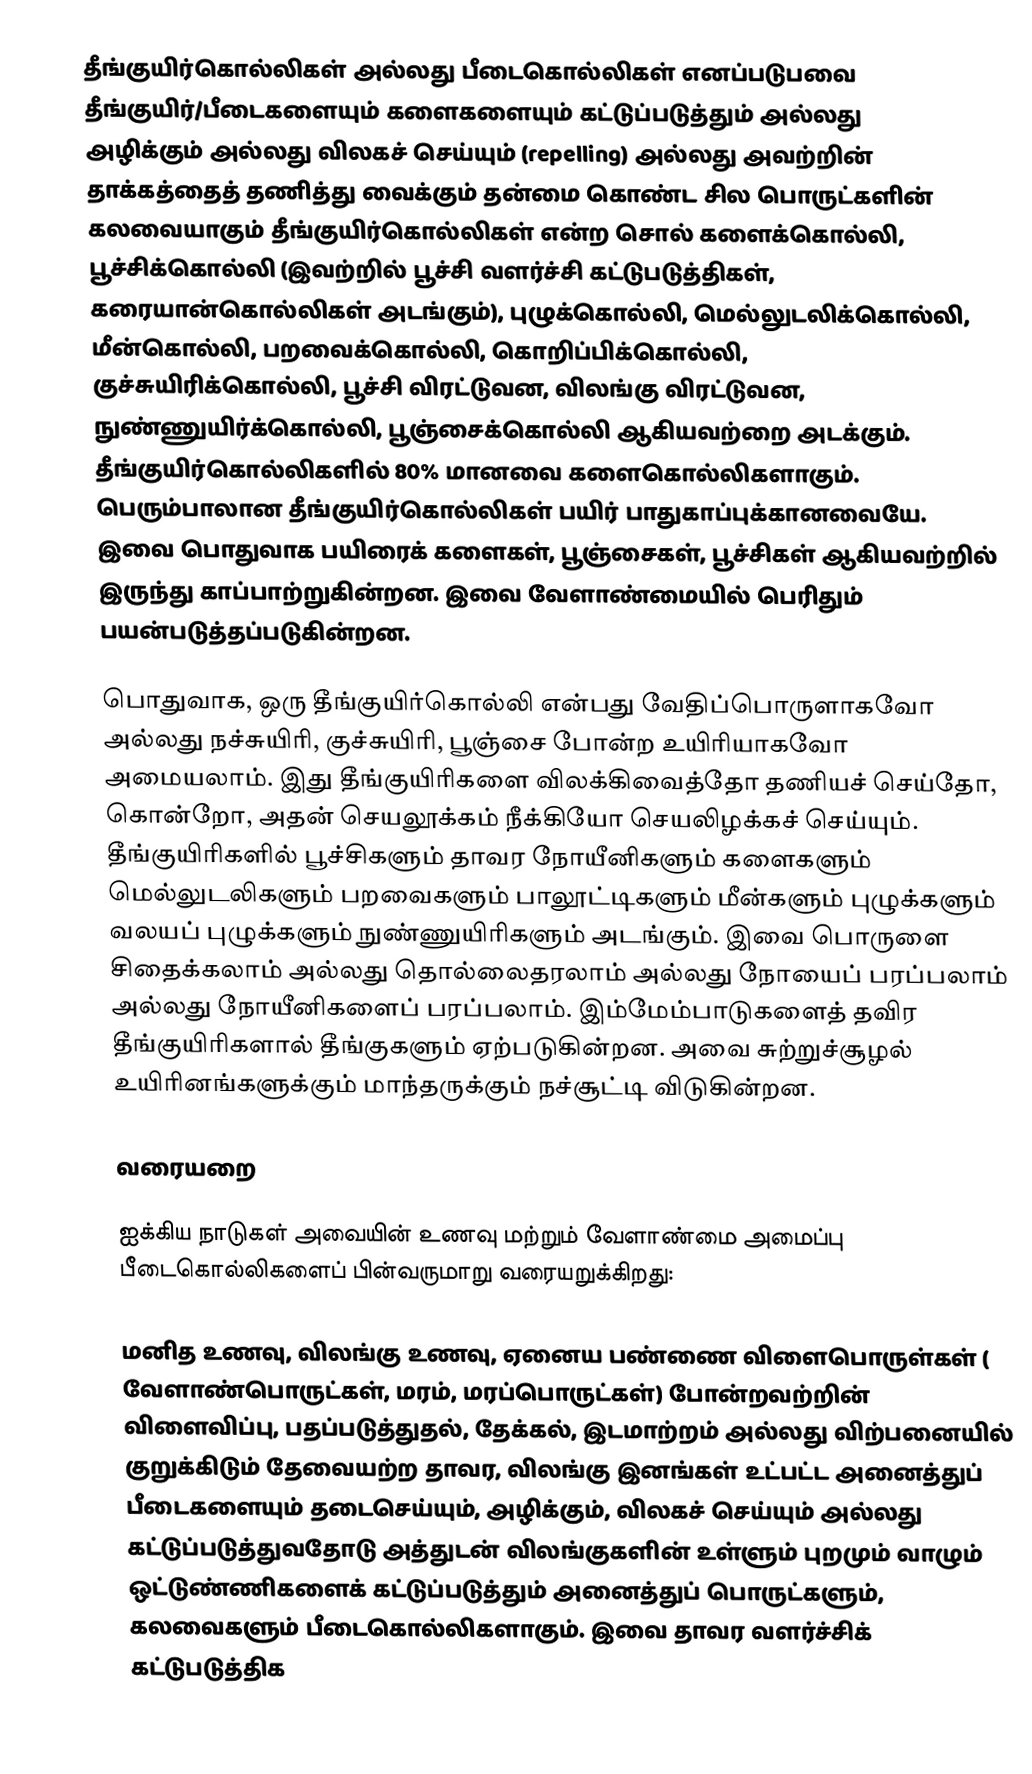
தீங்குயிர்கொல்லிகள் அல்லது பீடைகொல்லிகள் எனப்படுபவை தீங்குயிர்/பீடைகளையும் களைகளையும்  கட்டுப்படுத்தும் அல்லது அழிக்கும் அல்லது விலகச் செய்யும் (repelling) அல்லது அவற்றின் தாக்கத்தைத் தணித்து வைக்கும் தன்மை கொண்ட சில பொருட்களின் கலவையாகும் தீங்குயிர்கொல்லிகள்  என்ற சொல் களைக்கொல்லி, பூச்சிக்கொல்லி (இவற்றில் பூச்சி வளர்ச்சி கட்டுபடுத்திகள், கரையான்கொல்லிகள் அடங்கும்), புழுக்கொல்லி, மெல்லுடலிக்கொல்லி, மீன்கொல்லி, பறவைக்கொல்லி, கொறிப்பிக்கொல்லி, குச்சுயிரிக்கொல்லி, பூச்சி விரட்டுவன, விலங்கு விரட்டுவன, நுண்ணுயிர்க்கொல்லி, பூஞ்சைக்கொல்லி ஆகியவற்றை அடக்கும். தீங்குயிர்கொல்லிகளில் 80% மானவை களைகொல்லிகளாகும்.  பெரும்பாலான தீங்குயிர்கொல்லிகள்  பயிர் பாதுகாப்புக்கானவையே. இவை பொதுவாக பயிரைக் களைகள், பூஞ்சைகள், பூச்சிகள் ஆகியவற்றில் இருந்து காப்பாற்றுகின்றன. இவை வேளாண்மையில் பெரிதும் பயன்படுத்தப்படுகின்றன.

பொதுவாக, ஒரு தீங்குயிர்கொல்லி என்பது வேதிப்பொருளாகவோ  அல்லது நச்சுயிரி, குச்சுயிரி, பூஞ்சை போன்ற உயிரியாகவோ அமையலாம். இது தீங்குயிரிகளை விலக்கிவைத்தோ தணியச் செய்தோ, கொன்றோ, அதன் செயலூக்கம் நீக்கியோ செயலிழக்கச் செய்யும்.  தீங்குயிரிகளில் பூச்சிகளும் தாவர நோயீனிகளும் களைகளும் மெல்லுடலிகளும் பறவைகளும் பாலூட்டிகளும் மீன்களும் புழுக்களும் வலயப் புழுக்களும் நுண்ணுயிரிகளும் அடங்கும். இவை பொருளை சிதைக்கலாம் அல்லது தொல்லைதரலாம் அல்லது நோயைப் பரப்பலாம் அல்லது நோயீனிகளைப் பரப்பலாம். இம்மேம்பாடுகளைத் தவிர தீங்குயிரிகளால் தீங்குகளும் ஏற்படுகின்றன. அவை சுற்றுச்சூழல் உயிரினங்களுக்கும் மாந்தருக்கும் நச்சூட்டி விடுகின்றன.

வரையறை

ஐக்கிய நாடுகள் அவையின் உணவு மற்றும் வேளாண்மை அமைப்பு பீடைகொல்லிகளைப் பின்வருமாறு வரையறுக்கிறது:

மனித உணவு, விலங்கு உணவு, ஏனைய பண்ணை விளைபொருள்கள் ( வேளாண்பொருட்கள், மரம், மரப்பொருட்கள்) போன்றவற்றின் விளைவிப்பு, பதப்படுத்துதல், தேக்கல், இடமாற்றம் அல்லது விற்பனையில் குறுக்கிடும் தேவையற்ற தாவர, விலங்கு இனங்கள் உட்பட்ட அனைத்துப் பீடைகளையும் தடைசெய்யும், அழிக்கும், விலகச் செய்யும் அல்லது கட்டுப்படுத்துவதோடு அத்துடன் விலங்குகளின் உள்ளும் புறமும்  வாழும் ஒட்டுண்ணிகளைக் கட்டுப்படுத்தும் அனைத்துப் பொருட்களும், கலவைகளும் பீடைகொல்லிகளாகும். இவை தாவர வளர்ச்சிக் கட்டுபடுத்திக